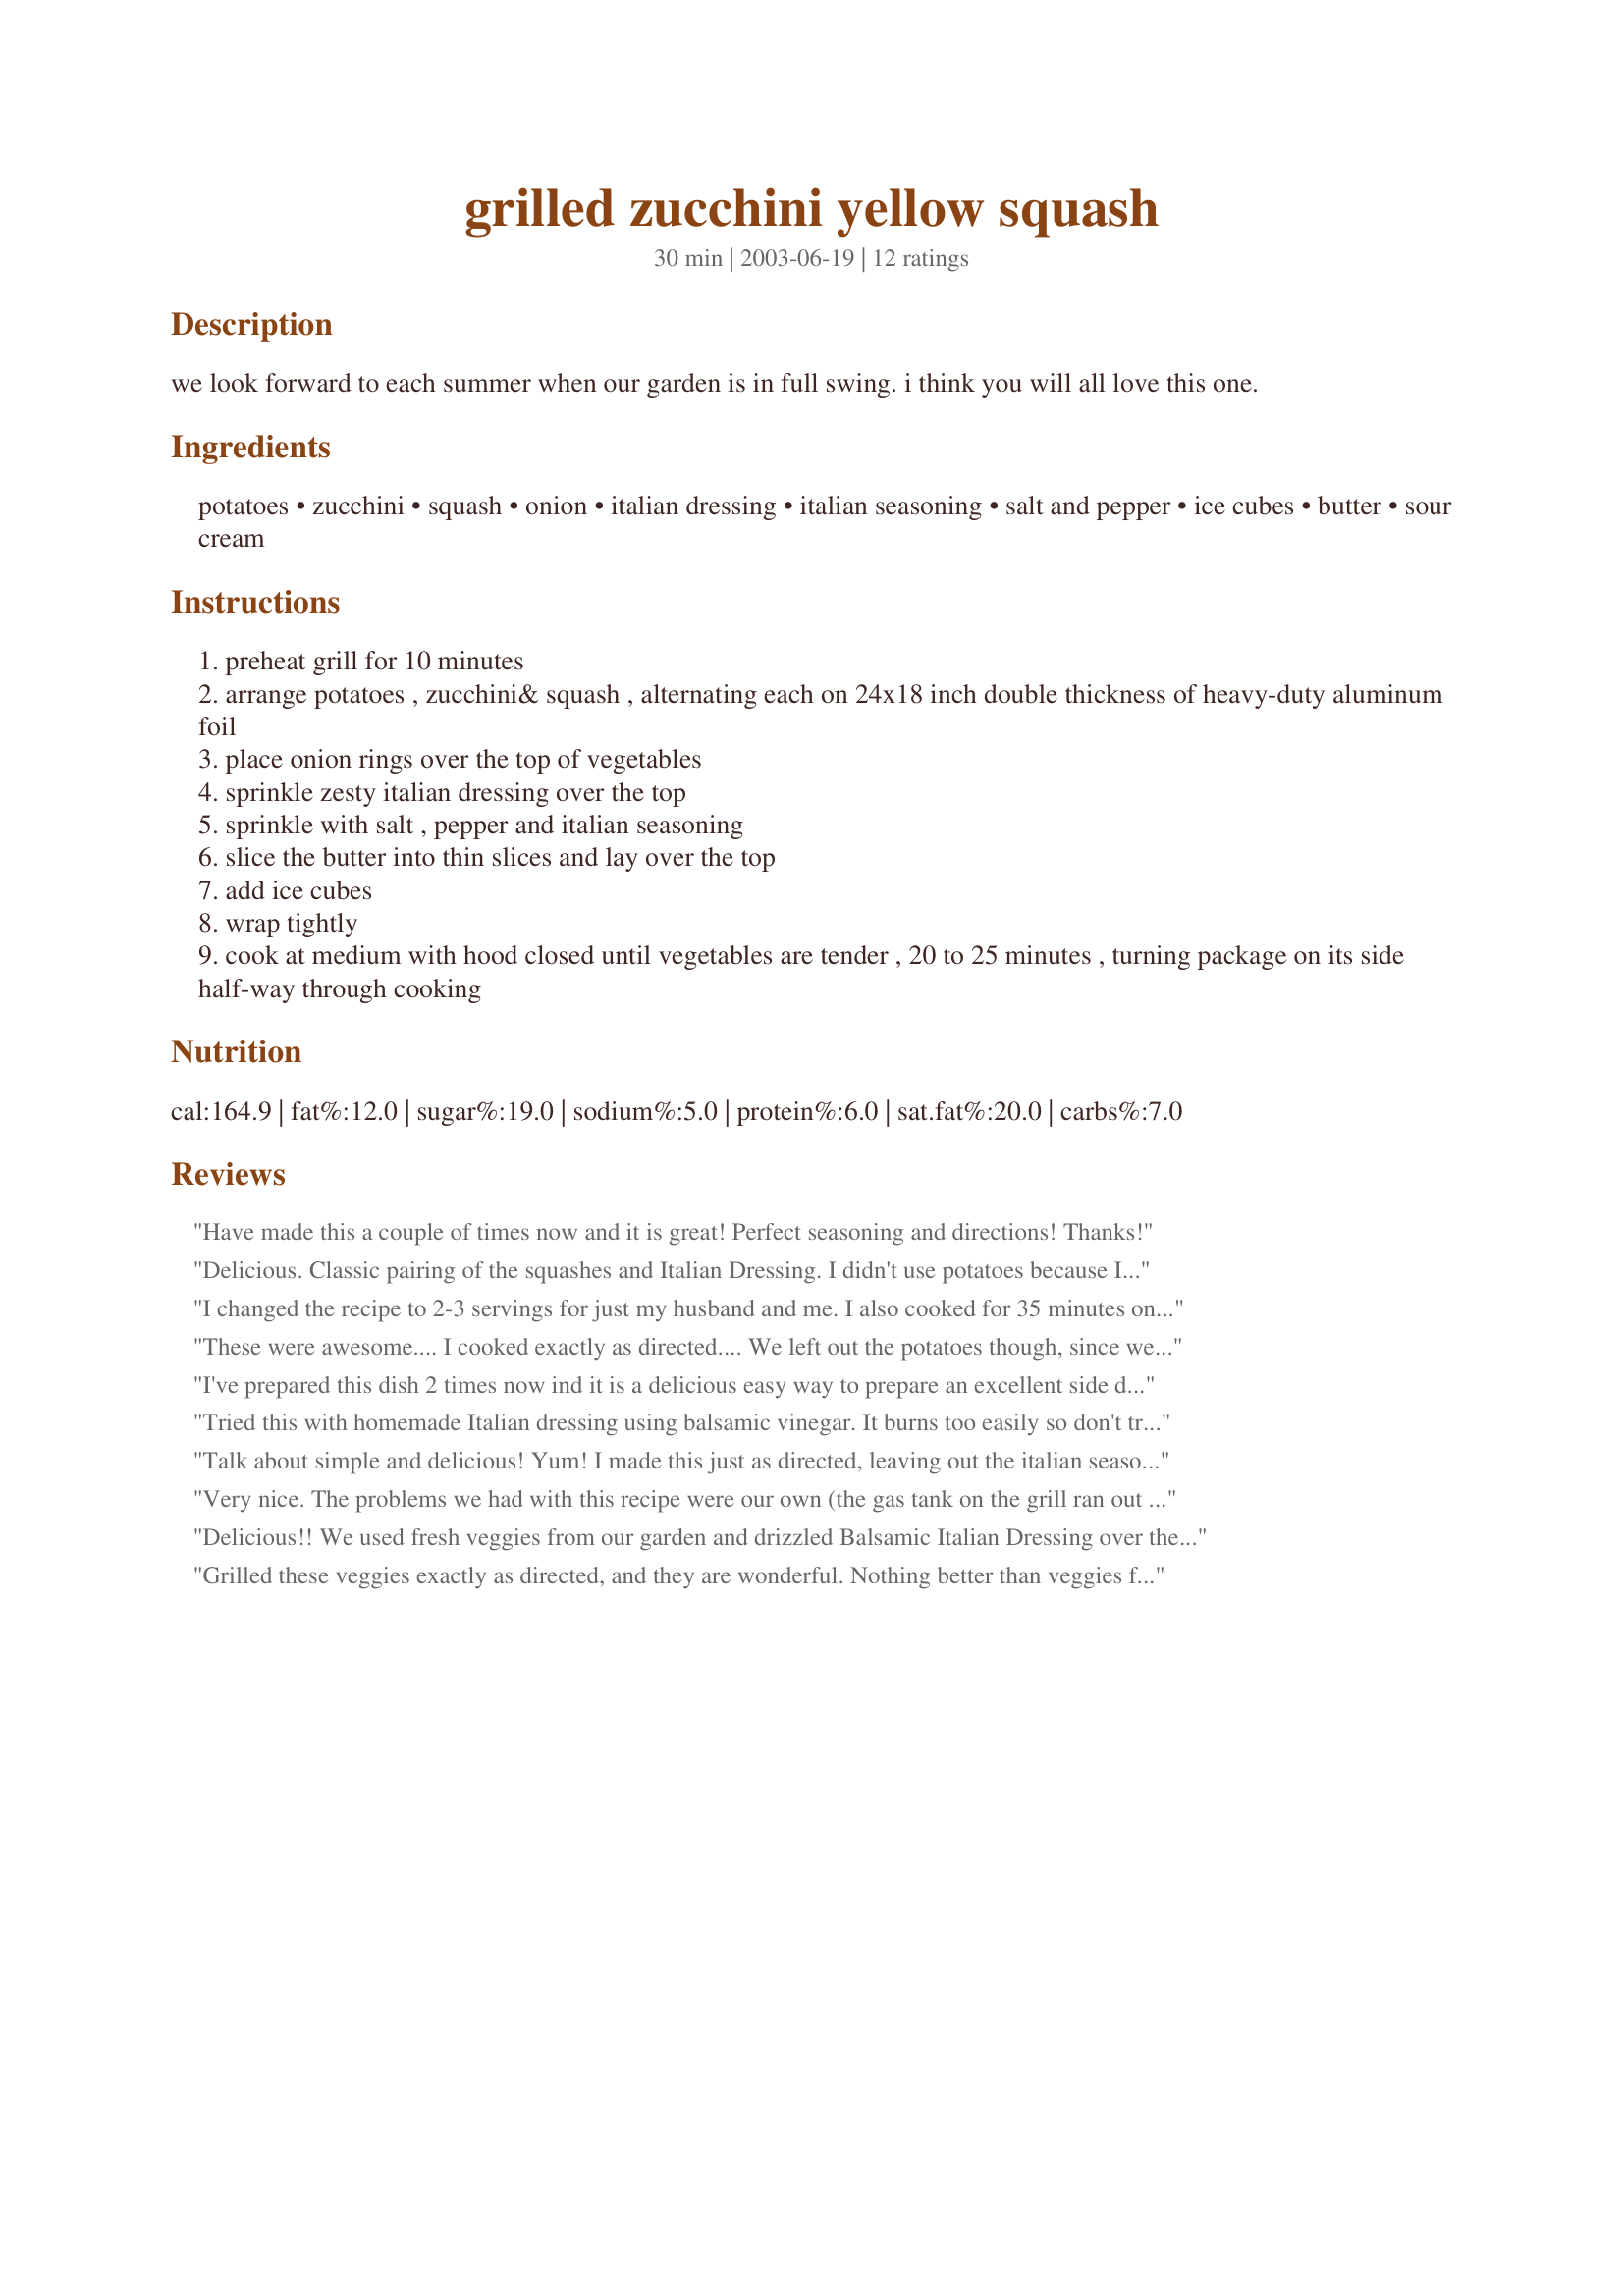
grilled zucchini yellow squash
Preparation time: 30 minutes

we look forward to each summer when our garden is in full swing. i think you will all love this one.

Ingredients:
potatoes, zucchini, squash, onion, italian dressing, italian seasoning, salt and pepper, ice cubes, butter, sour cream

Steps:
preheat grill for 10 minutes
arrange potatoes , zucchini& squash , alternating each on 24x18 inch double thickness of heavy-duty aluminum foil
place onion rings over the top of vegetables
sprinkle zesty italian dressing over the top
sprinkle with salt , pepper and italian seasoning
slice the butter into thin slices and lay over the top
add ice cubes
wrap tightly
cook at medium with hood closed until vegetables are tender , 20 to 25 minutes , turning package on its side half-way through cooking

Reviews:
Have made this a couple of times now and it is great! Perfect seasoning and directions! Thanks!
Delicious. Classic pairing of the squashes and Italian Dressing.
I didn't use potatoes because I was having baked as a side with my dinner already , but did everything the same.
Will definitely make again. Thanks for posting!
I changed the recipe to 2-3 servings for just my husband and me. I also cooked for 35 minutes on the grill (actually I forgot about them but the result was fabulous). Otherwise, I followed the recipe exactly. This was AMAZING. We all but licked the foil clean!!! Served with cheap steaks with Steak Marinade found here, as well. Fabulous, healthy meal!!!
These were awesome.... I cooked exactly as directed.... We left out the potatoes though, since we were having baked potatoes as well.... My DD ate them up and asked for more....Served these with Recipe#132535, Recipe#200343, and a Ceaser salad.... Was the perfect meal.... Thanks so much for sharing....
I've prepared this dish 2 times now ind it is a delicious easy way to prepare an excellent side dish. Very good, will make again.
Jim
Tried this with homemade Italian dressing using balsamic vinegar. It burns too easily so don't try balsamic. It's a great recipe. I just needed to follow it. I, too, added bell pepper and broccoli. 

Talk about simple and delicious! Yum! I made this just as directed, leaving out the italian seasonings, and it was wonderful. I will definitely be making this again while it's still grilling weather! Thanks, dcmac! UPDATE: I have made this many times! I now use fat free zesty Italian dressing and only about 1 Tbsp of margarine.
Very nice. The problems we had with this recipe were our own (the gas tank on the grill ran out of gas part way through so we had to broil them and they never quite got cooked through) but this was tasty. I used fat free dressing and a spray of olive oil. Nice fresh way to eat veggies!
Delicious!! We used fresh veggies from our garden and drizzled Balsamic Italian Dressing over the veggies with Italian seasonings. The veggies were perfect! Sweet, not overcooked, best squash/zucchini recipe I've ever had!
Grilled these veggies exactly as directed, and they are wonderful. Nothing better than veggies fresh from the garden cooked up on the grill.
This was really tasty. I made as stated, using recipe #1982 for the Italian Dressing. This was easy to assemble and cook, too.
Excellent, easy recipe. Instead of the potatoes I used red capsicum (pepper) which gave a great colour. Thanks for sharing!
